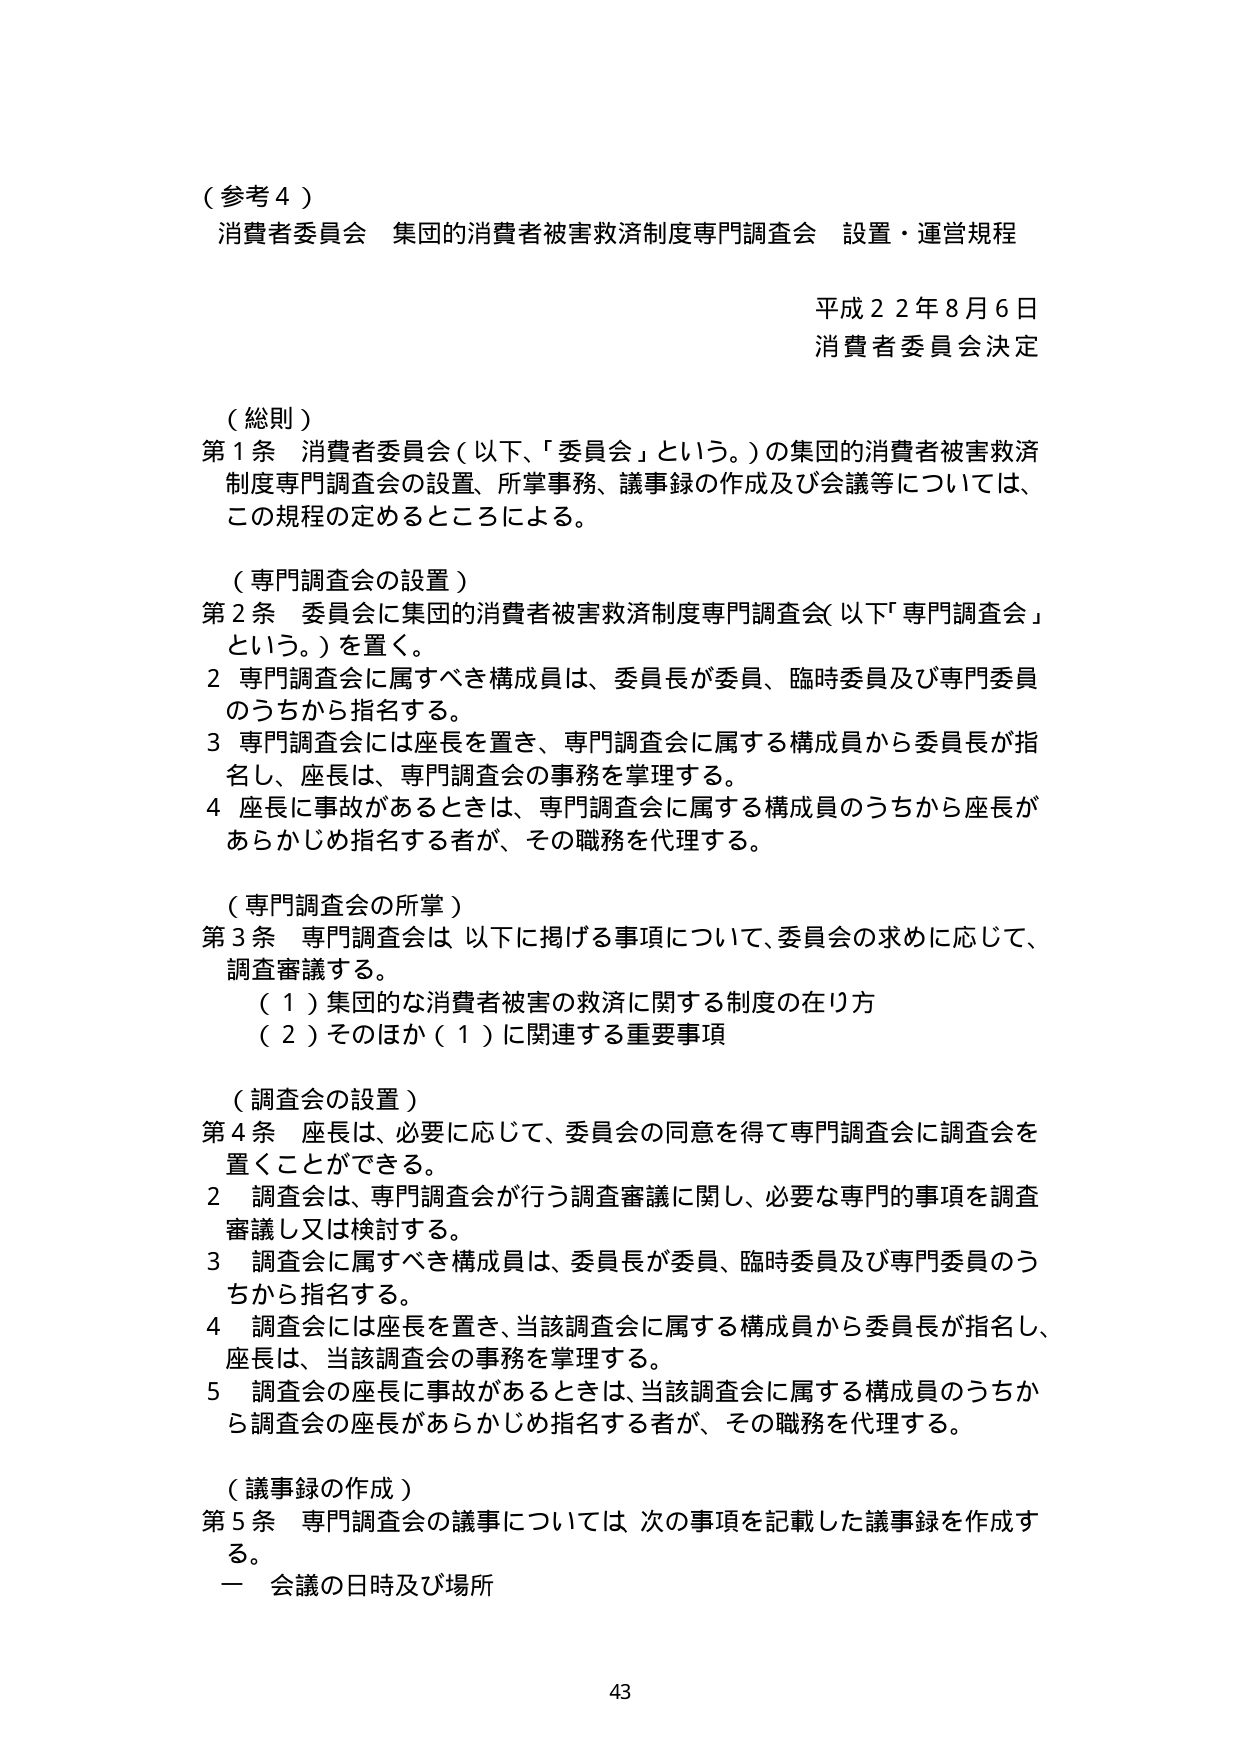
（参考４）
消費者委員会　集団的消費者被害救済制度専門調査会　設置・運営規程

平成２２年８月６日
消費者委員会決定

（総則）
第１条　消費者委員会（以下、「委員会」という。）の集団的消費者被害救済制度専門調査会の設置、所掌事務、議事録の作成及び会議等については、この規程の定めるところによる。

（専門調査会の設置）
第２条　委員会に集団的消費者被害救済制度専門調査会（以下「専門調査会」という。）を置く。
２　専門調査会に属すべき構成員は、委員長が委員、臨時委員及び専門委員のうちから指名する。
３　専門調査会には座長を置き、専門調査会に属する構成員から委員長が指名し、座長は、専門調査会の事務を掌理する。
４　座長に事故があるときは、専門調査会に属する構成員のうちから座長があらかじめ指名する者が、その職務を代理する。

（専門調査会の所掌）
第３条　専門調査会は、以下に掲げる事項について、委員会の求めに応じて、調査審議する。
　（１）集団的な消費者被害の救済に関する制度の在り方
　（２）そのほか（１）に関連する重要事項

（調査会の設置）
第４条　座長は、必要に応じて、委員会の同意を得て専門調査会に調査会を置くことができる。
２　調査会は、専門調査会が行う調査審議に関し、必要な専門的事項を調査審議し又は検討する。
３　調査会に属すべき構成員は、委員長が委員、臨時委員及び専門委員のうちから指名する。
４　調査会には座長を置き、当該調査会に属する構成員から委員長が指名し、座長は、当該調査会の事務を掌理する。
５　調査会の座長に事故があるときは、当該調査会に属する構成員のうちから調査会の座長があらかじめ指名する者が、その職務を代理する。

（議事録の作成）
第５条　専門調査会の議事については、次の事項を記載した議事録を作成する。
　一　会議の日時及び場所

43